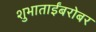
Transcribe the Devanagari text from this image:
शुभाताईंबरोबर